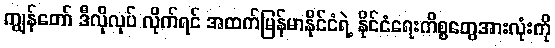
ကျွန်တော် ဒီလိုလုပ် လိုက်ရင် အထက်မြန်မာနိုင်ငံရဲ့ နိုင်ငံရေးကိစ္စတွေအားလုံးကို